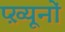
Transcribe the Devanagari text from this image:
प्ख़्यूनों